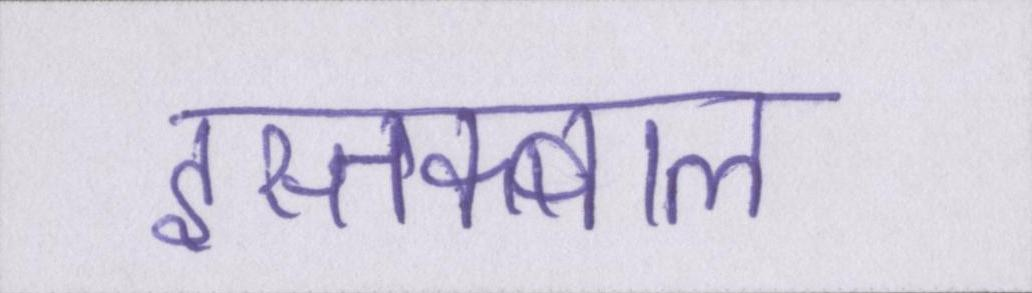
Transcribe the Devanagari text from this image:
इस्तक्बाल